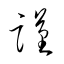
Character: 謹